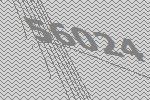
56024